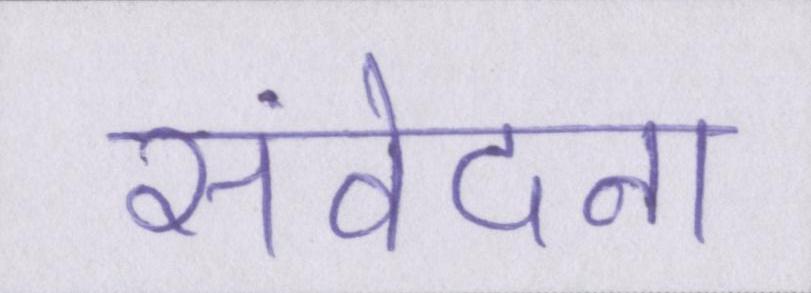
संवेदना